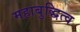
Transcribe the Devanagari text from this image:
महाबुद्धित्व